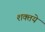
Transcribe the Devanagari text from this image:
शक्तये